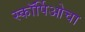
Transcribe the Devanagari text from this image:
स्कॉर्पिओचा